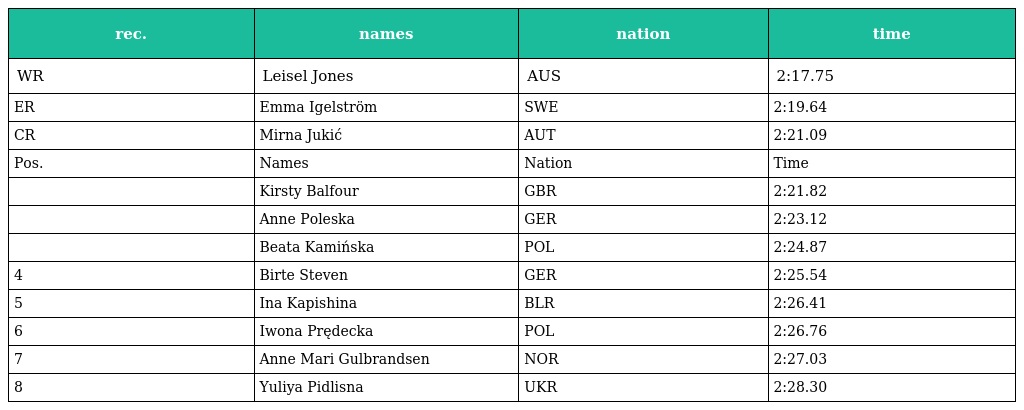
| rec. | names | nation | time |
 | --- | --- | --- | --- |
 | WR | Leisel Jones | AUS | 2:17.75 |
 | ER | Emma Igelström | SWE | 2:19.64 |
 | CR | Mirna Jukić | AUT | 2:21.09 |
 | Pos. | Names | Nation | Time |
 |  | Kirsty Balfour | GBR | 2:21.82 |
 |  | Anne Poleska | GER | 2:23.12 |
 |  | Beata Kamińska | POL | 2:24.87 |
 | 4 | Birte Steven | GER | 2:25.54 |
 | 5 | Ina Kapishina | BLR | 2:26.41 |
 | 6 | Iwona Prędecka | POL | 2:26.76 |
 | 7 | Anne Mari Gulbrandsen | NOR | 2:27.03 |
 | 8 | Yuliya Pidlisna | UKR | 2:28.30 |